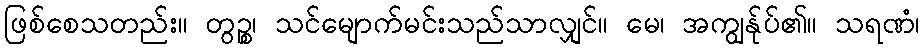
ဖြစ်စေသတည်း။ တွဉ္စ၊ သင်မျောက်မင်းသည်သာလျှင်။ မေ၊ အကျွန်ုပ်၏။ သရဏံ၊